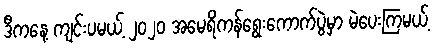
ဒီကနေ့ ကျင်းပမယ့် ၂၀၂၀ အမေရိကန်ရွေးကောက်ပွဲမှာ မဲပေးကြမယ့်